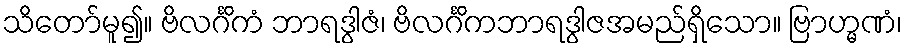
သိတော်မူ၍။ ဗိလင်္ဂိကံ ဘာရဒွါဇံ၊ ဗိလင်္ဂိကဘာရဒွါဇအမည်ရှိသော။ ဗြာဟ္မဏံ၊